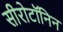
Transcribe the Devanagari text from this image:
सीरोटॉनिन